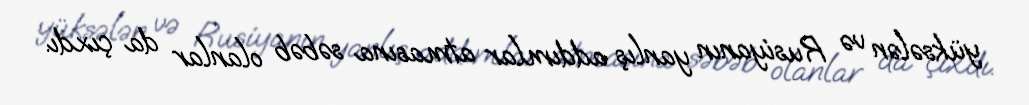
yüksələn və Rusiyanın yanlış addımlar atmasına səbəb olanlar da çıxdı.